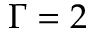
\Gamma = 2